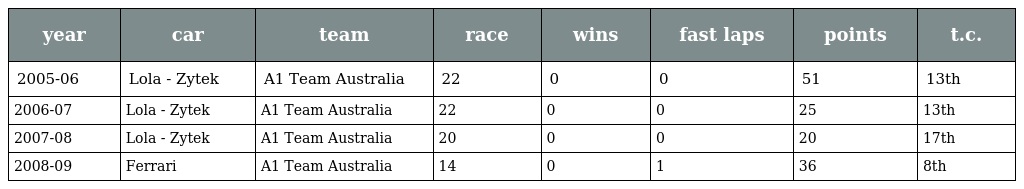
| year | car | team | race | wins | fast laps | points | t.c. |
 | --- | --- | --- | --- | --- | --- | --- | --- |
 | 2005-06 | Lola - Zytek | A1 Team Australia | 22 | 0 | 0 | 51 | 13th |
 | 2006-07 | Lola - Zytek | A1 Team Australia | 22 | 0 | 0 | 25 | 13th |
 | 2007-08 | Lola - Zytek | A1 Team Australia | 20 | 0 | 0 | 20 | 17th |
 | 2008-09 | Ferrari | A1 Team Australia | 14 | 0 | 1 | 36 | 8th |